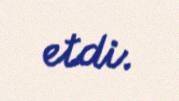
etdi.